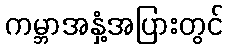
ကမ္ဘာအနှံ့အပြားတွင်